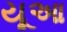
યૂઆ